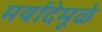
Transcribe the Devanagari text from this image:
मर्यादेमूळे